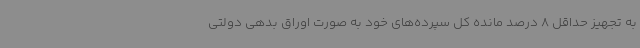
به تجهیز حداقل 8 درصد مانده کل سپرده‌های خود به صورت اوراق بدهی دولتی